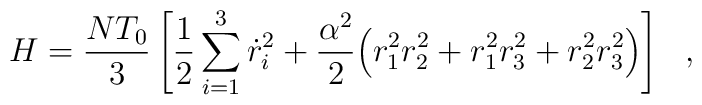
H = \frac{NT_0}{3}  \left[ \frac{1}{2} \sum_{i=1}^3 \dot{r}_i^2+ \frac{\alpha^2}{2} \Big( r_1^2 r_2^2 + r_1^2 r_3^2 + r_2^2 r_3^2 \Big) \right]~~,